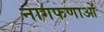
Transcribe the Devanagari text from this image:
नागफणाओं